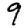
Digit: 9